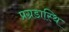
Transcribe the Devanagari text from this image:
प्रग्रडास्थि